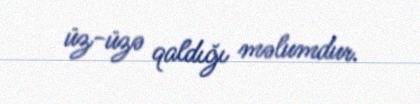
üz-üzə qaldığı məlumdur.